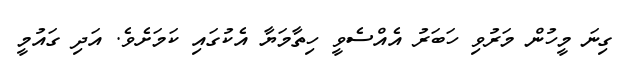
ގިނަ މީހުން މަރުވި ހަބަރު އެއްސެވީ ހިތާމަޔާ އެކުގައި ކަމަށެވެ. އަދި ގައުމީ